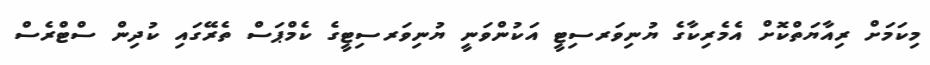
މިކަމަށް ރިއާޔަތްކޮށް އެމެރިކާގެ ޔުނިވަރސިޓީ އަކުންވަނީ ޔުނިވަރސިޓީގެ ކެމްޕަސް ތެރޭގައި ކުދިން ސްޓްރެސް